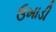
ઉખાડી